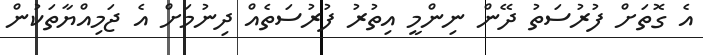
އެ ގޮތަށް ފުރުސަތު ދޭން ނިންމީ އިތުރު ފުރުސަތެއް ދިނުމަށް އެ ޖަމިއްޔާތަކުން